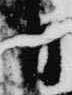
日